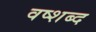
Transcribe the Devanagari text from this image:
वष्शब्द